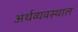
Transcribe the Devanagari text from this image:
अर्थव्यवस्थाल